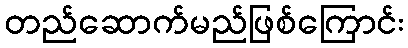
တည်ဆောက်မည်ဖြစ်ကြောင်း